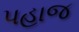
પહાજ